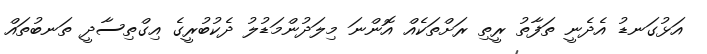
އަޅުގަނޑު އެދެނީ ތަފާތު ރީތި ރަށްތަކެއް އޮންނަ މިލަދުންމަޑުލު ދެކުބުރީގެ އިގްތިސާދީ ތަނބުތައް